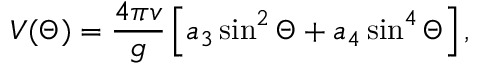
V ( \Theta ) = \frac { 4 \pi v } { g } \left[ a _ { 3 } \sin ^ { 2 } \Theta + a _ { 4 } \sin ^ { 4 } \Theta \right] ,